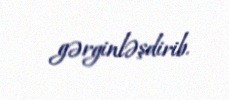
gərginləşdirib.